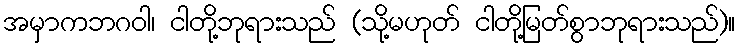
အမှာကဘဂဝါ၊ ငါတို့ဘုရားသည် (သို့မဟုတ် ငါတို့မြတ်စွာဘုရားသည်)။